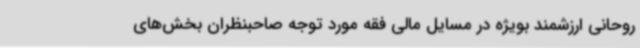
روحانی ارزشمند بویژه در مسایل مالی فقه مورد توجه صاحبنظران بخش‌های